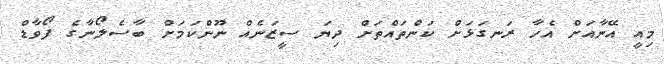
މިއީ އޭނާއަށް އެހާ ރަނގަޅަށް ކަންތައްތަށް ދިޔަ ސީޒަނެއް ނޫންކަމަށް ބާސެލޯނާގެ ފޯވާޑް